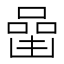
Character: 𠼧